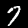
Label: 7